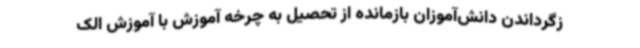
زگرداندن دانش‌آموزان بازمانده از تحصیل به چرخه آموزش با آموزش الک